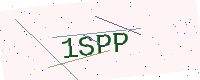
Text: 1SPP